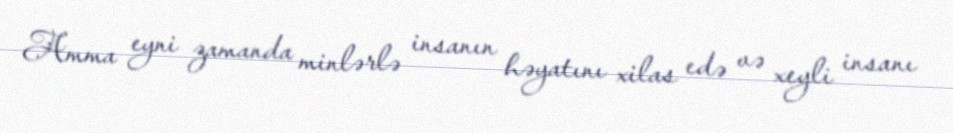
Amma eyni zamanda minlərlə insanın həyatını xilas edə və xeyli insanı